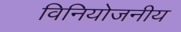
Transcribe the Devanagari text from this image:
विनियोजनीय